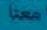
معنا